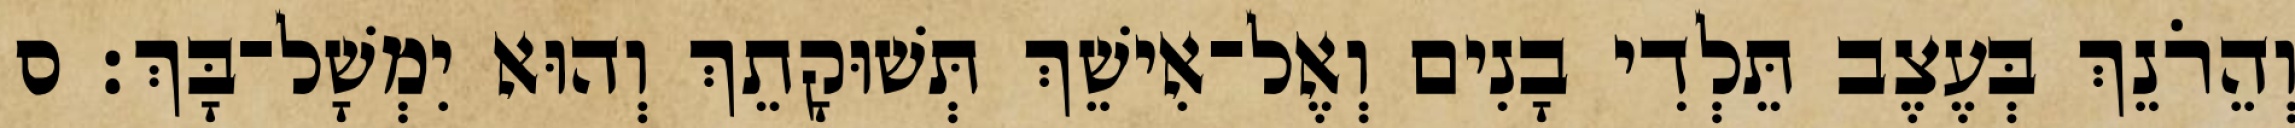
וְהֵרֹנֵךְ בְּעֶצֶב תֵּלְדִי בָנִים וְאֶל־אִישֵׁךְ תְּשׁוּקָתֵךְ וְהוּא יִמְשָׁל־בָּךְ׃ ס